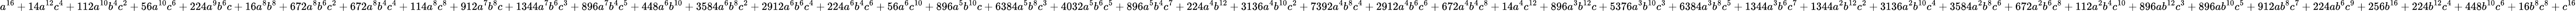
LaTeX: a^{16}+14a^{12}c^{4}+112a^{10}b^{4}c^{2}+56a^{10}c^{6}+224a^{9}b^{6}c+16a^{8}b^{8}+672a^{8}b^{6}c^{2}+672a^{8}b^{4}c^{4}+114a^{8}c^{8}+912a^{7}b^{8}c+1344a^{7}b^{6}c^{3}+896a^{7}b^{4}c^{5}+448a^{6}b^{10}+3584a^{6}b^{8}c^{2}+2912a^{6}b^{6}c^{4}+224a^{6}b^{4}c^{6}+56a^{6}c^{10}+896a^{5}b^{10}c+6384a^{5}b^{8}c^{3}+4032a^{5}b^{6}c^{5}+896a^{5}b^{4}c^{7}+224a^{4}b^{12}+3136a^{4}b^{10}c^{2}+7392a^{4}b^{8}c^{4}+2912a^{4}b^{6}c^{6}+672a^{4}b^{4}c^{8}+14a^{4}c^{12}+896a^{3}b^{12}c+5376a^{3}b^{10}c^{3}+6384a^{3}b^{8}c^{5}+1344a^{3}b^{6}c^{7}+1344a^{2}b^{12}c^{2}+3136a^{2}b^{10}c^{4}+3584a^{2}b^{8}c^{6}+672a^{2}b^{6}c^{8}+112a^{2}b^{4}c^{10}+896ab^{12}c^{3}+896ab^{10}c^{5}+912ab^{8}c^{7}+224ab^{6}c^{9}+256b^{16}+224b^{12}c^{4}+448b^{10}c^{6}+16b^{8}c^{8}+c^{16}